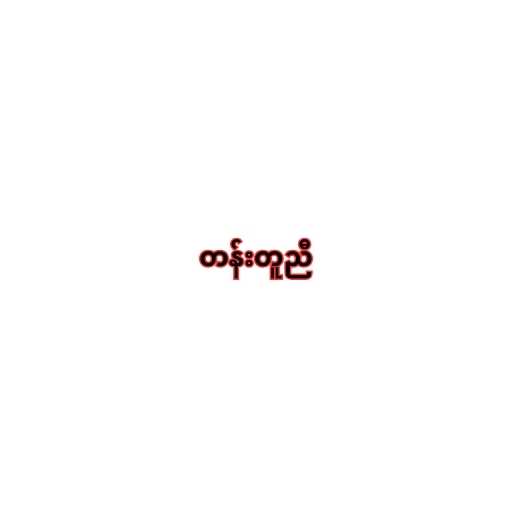
တန်းတူညီ